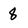
Character: 8